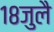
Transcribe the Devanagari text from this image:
१८जुलै